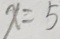
x = 5